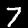
Digit: 7